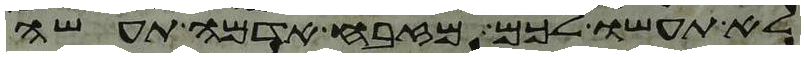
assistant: לא תעשו לכם מזבח אדמה תעשה